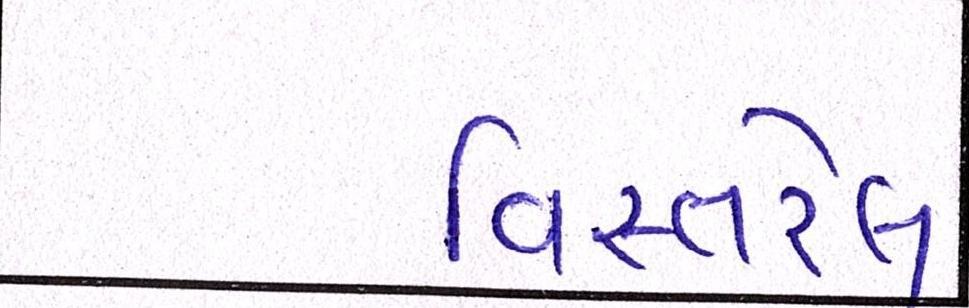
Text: વિસ્તરેલ